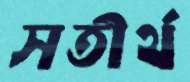
সতীর্থ